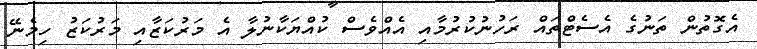
އެގޮތުން ތަނުގެ އެސެޓްތައް ރަހުނުކުރުމާއި އެއްވެސް ކުއްޔަކާނުލާ އެ މަރުކަޒާއި މަރުކަޒު ހިމެނޭ